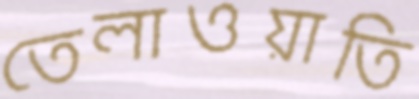
তেলাওয়াতি